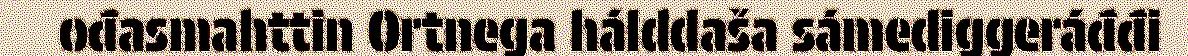
ođasmahttin Ortnega hálddaša sámediggeráđđi